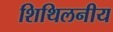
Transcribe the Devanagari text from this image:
शिथिलनीय